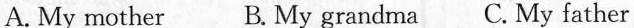
A.My mother B.My grandma C.My father